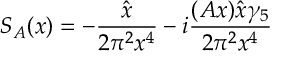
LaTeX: S _ { A } ( x ) = - \frac { \hat { x } } { 2 \pi ^ { 2 } x ^ { 4 } } - i \frac { ( A x ) \hat { x } \gamma _ { 5 } } { 2 \pi ^ { 2 } x ^ { 4 } }